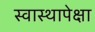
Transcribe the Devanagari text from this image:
स्वास्थापेक्षा